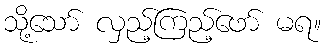
သို့သော် လှည့်ကြည့်ဖော် မရ။